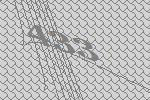
433